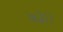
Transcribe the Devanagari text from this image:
७३।।